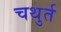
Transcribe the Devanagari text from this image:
चथुर्त